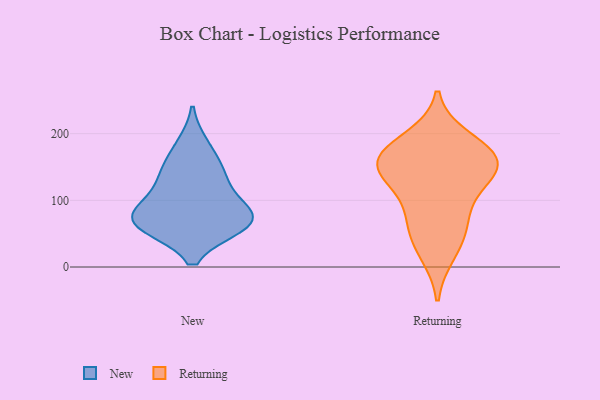
{"axis": {"x": "Bounce Rate (%)", "y": "Value"}, "legend": ["New", "Returning"], "data": [{"x": "", "y": 183, "type": "New"}, {"x": "", "y": 139, "type": "New"}, {"x": "", "y": 64, "type": "New"}, {"x": "", "y": 84, "type": "New"}, {"x": "", "y": 71, "type": "New"}, {"x": "", "y": 61, "type": "New"}, {"x": "", "y": 114, "type": "New"}, {"x": "", "y": 81, "type": "New"}, {"x": "", "y": 61, "type": "New"}, {"x": "", "y": 147, "type": "New"}, {"x": "", "y": 69, "type": "Returning"}, {"x": "", "y": 100, "type": "Returning"}, {"x": "", "y": 144, "type": "Returning"}, {"x": "", "y": 51, "type": "Returning"}, {"x": "", "y": 22, "type": "Returning"}, {"x": "", "y": 170, "type": "Returning"}, {"x": "", "y": 164, "type": "Returning"}, {"x": "", "y": 153, "type": "Returning"}, {"x": "", "y": 191, "type": "Returning"}, {"x": "", "y": 160, "type": "Returning"}, {"x": "", "y": 137, "type": "Returning"}]}